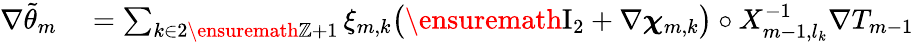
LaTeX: \begin{array}{rl}{\nabla\tilde{\theta}_{m}}&{{}=\sum_{k\in 2\ensuremath{\mathbb{Z}}+1}\xi_{m,k}\bigl(\ensuremath{\mathrm{I}_{2}}+\nabla{\boldsymbol{\chi}}_{m,k}\bigr)\circ X_{m-1,l_{k}}^{-1}\nabla T_{m-1}}\end{array}